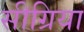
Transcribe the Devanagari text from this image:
सीग्रिया